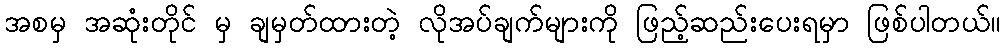
အစမှ အဆုံးတိုင် မှ ချမှတ်ထားတဲ့ လိုအပ်ချက်များကို ဖြည့်ဆည်းပေးရမှာ ဖြစ်ပါတယ်။